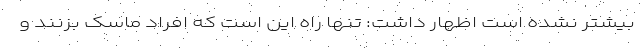
بیشتر نشده است اظهار داشت: تنها راه این است که افراد ماسک بزنند و